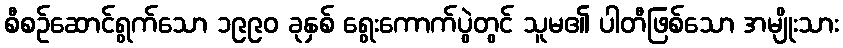
စီစဉ်ဆောင်ရွက်သော ၁၉၉၀ ခုနှစ် ရွေးကောက်ပွဲတွင် သူမ၏ ပါတီဖြစ်သော အမျိုးသား